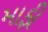
માફી